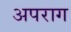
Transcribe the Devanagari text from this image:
अपराग